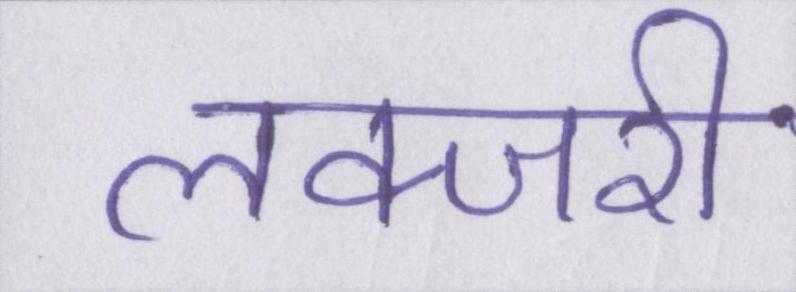
लक्जरी